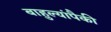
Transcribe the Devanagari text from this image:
बाहुल्यांपैकी